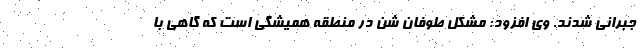
جبرانی شدند. وی افزود: مشکل طوفان شن در منطقه همیشگی است که گاهی با